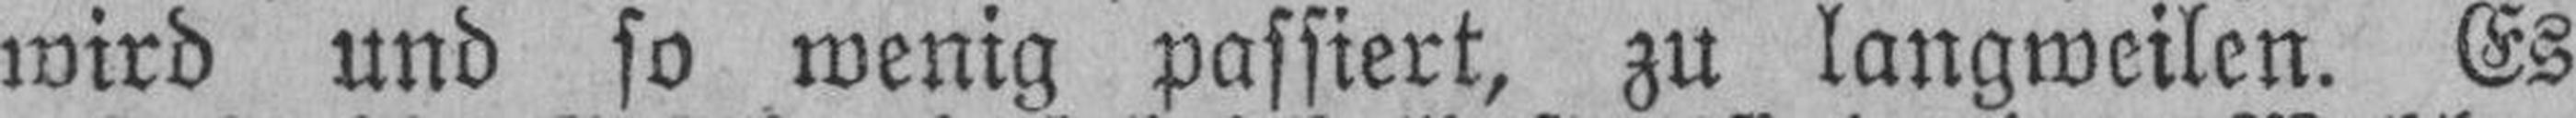
wird und so wenig passiert, zu langweilen. Es